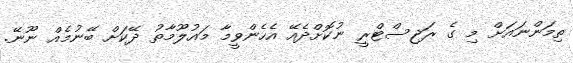
ތިމަންނައަށް މި ގެ ރަޖިސްޓްރީ ނުކޮށްދެއޭ އެހެންވީމާ މައުލޫމާތު ދޭކަށް ބޭނުމެއް ނޫނޭ.